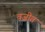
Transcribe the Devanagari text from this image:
वजीत